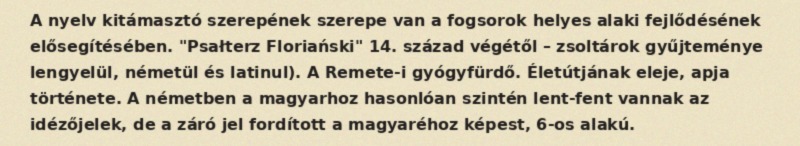
A nyelv kitámasztó szerepének szerepe van a fogsorok helyes alaki fejlődésének elősegítésében. "Psałterz Floriański" 14. század végétől – zsoltárok gyűjteménye lengyelül, németül és latinul). A Remete-i gyógyfürdő. Életútjának eleje, apja története. A németben a magyarhoz hasonlóan szintén lent-fent vannak az idézőjelek, de a záró jel fordított a magyaréhoz képest, 6-os alakú.